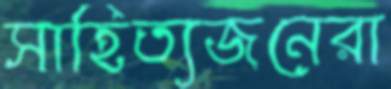
সাহিত্যজনেরা